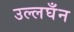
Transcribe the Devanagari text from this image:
उल्लघँन